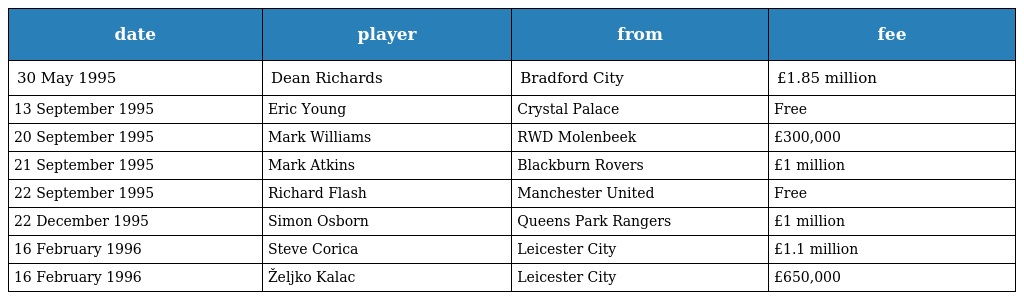
| date | player | from | fee |
 | --- | --- | --- | --- |
 | 30 May 1995 | Dean Richards | Bradford City | £1.85 million |
 | 13 September 1995 | Eric Young | Crystal Palace | Free |
 | 20 September 1995 | Mark Williams | RWD Molenbeek | £300,000 |
 | 21 September 1995 | Mark Atkins | Blackburn Rovers | £1 million |
 | 22 September 1995 | Richard Flash | Manchester United | Free |
 | 22 December 1995 | Simon Osborn | Queens Park Rangers | £1 million |
 | 16 February 1996 | Steve Corica | Leicester City | £1.1 million |
 | 16 February 1996 | Željko Kalac | Leicester City | £650,000 |